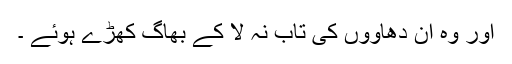
اور وہ ان دھاووں کی تاب نہ لا کے بھاگ کھڑے ہوئے ۔